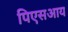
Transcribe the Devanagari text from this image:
पिएसआय